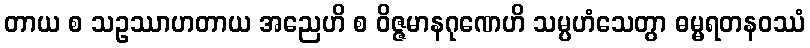
တာယ စ သဥဿာဟတာယ အညေဟိ စ ဝိဇ္ဇမာနဂုဏေဟိ သမ္ပဟံသေတွာ ဓမ္မရတနဝဿံ